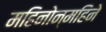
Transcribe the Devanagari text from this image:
महिनोन्‌महिने